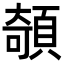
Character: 䫑